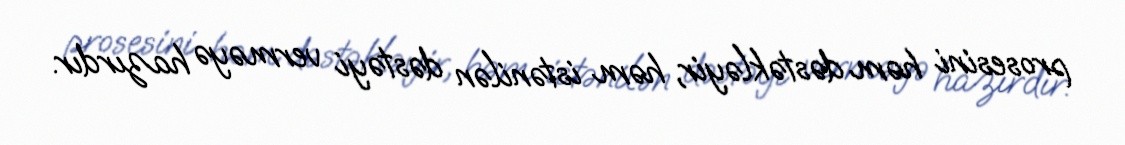
prosesini həm dəstəkləyir, həm istənilən dəstəyi verməyə hazırdır.